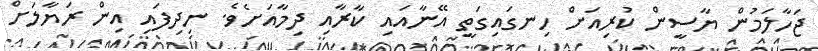
ޖަހާލަމުން ޔާސީން ކުރިއަށް ހިނގައިގަތީ އޭނާއައި ކާރާއި ދިމާއަށެވެ. ނިދިފައި އިން ރަޔާލަށް